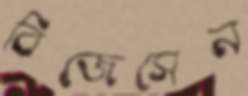
বিজেসেন